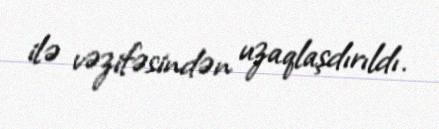
ilə vəzifəsindən uzaqlaşdırıldı.